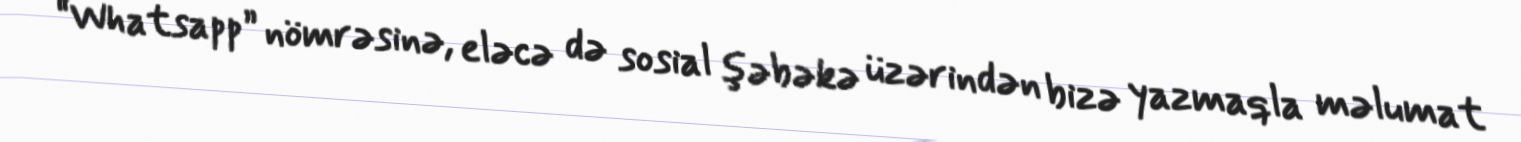
“Whatsapp” nömrəsinə, eləcə də sosial şəbəkə üzərindən bizə yazmaqla məlumat